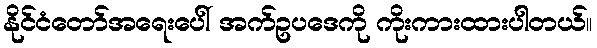
နိုင်ငံတော်အရေးပေါ် အက်ဥပဒေကို ကိုးကားထားပါတယ်။